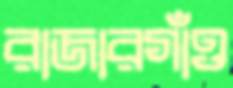
রাজারগাঁও